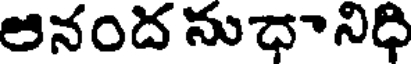
ఆనంద నుధానిధి